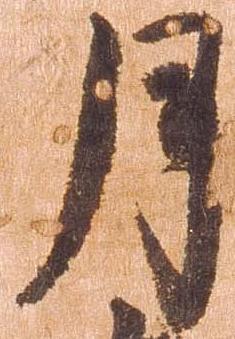
月